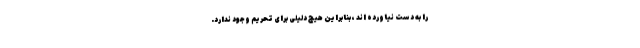
را به دست نیاورده اند ، بنابراین هیچ دلیلی برای تحریم وجود ندارد.